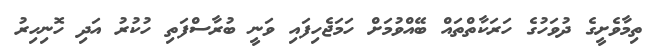
ތިމާވެށީގެ ދުވަހުގެ ހަރަކާތްތައް ބޭއްވުމަށް ހަމަޖެހިފައި ވަނީ ބުރާސްފަތި ހުކުރު އަދި ހޮނިހިރު